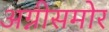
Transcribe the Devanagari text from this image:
अग्नीसमोर